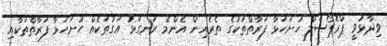
ވިދާޅުވީ ޕްރޮޕޯސަލް ހުށަހަޅާ ފަރާތްތަކުގެ ތެރެއިން އެންމެ ރަނގަޅު އަގުތަކެއް ހުށަހަޅާ ފަރާތްތަކާއި